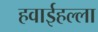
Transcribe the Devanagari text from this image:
हवाईहल्ला